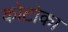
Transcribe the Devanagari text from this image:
कोटोका